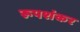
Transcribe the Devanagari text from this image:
रूपशंकर